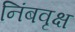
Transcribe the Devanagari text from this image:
निंबवृक्ष